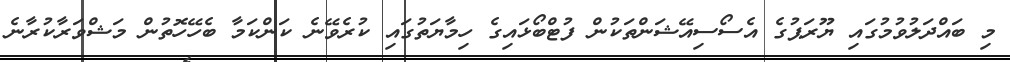
މި ބައްދަލުވުމުގައި ޔޫރަޕުގެ އެސޯސިއޭޝަންތަކުން ފުޓްބޯޅައިގެ ހިމާޔަތުގައި ކުރެވޭނެ ކަންކަމާ ބެހޭހޮތުން މަޝްވަރާކުރާނެ